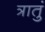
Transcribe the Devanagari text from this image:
त्रातुं